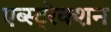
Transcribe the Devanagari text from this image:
एब्स्ट्रेक्शन